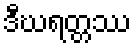
ဒီဃရတ္တဿ